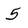
Character: 5